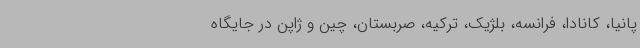
پانیا، کانادا، فرانسه، بلژیک، ترکیه، صربستان، چین و ژاپن در جایگاه